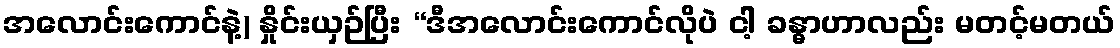
အလောင်းကောင်နဲ့) နှိုင်းယှဉ်ပြီး “ဒီအလောင်းကောင်လိုပဲ ငါ့ ခန္ဓာဟာလည်း မတင့်မတယ်